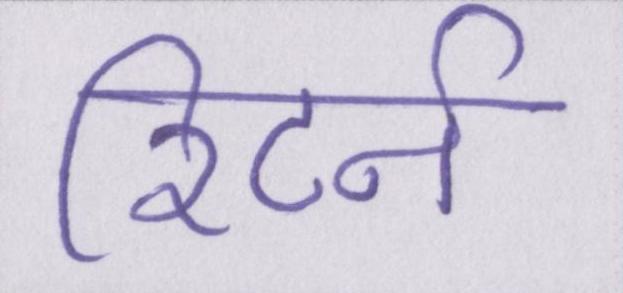
रिटर्न